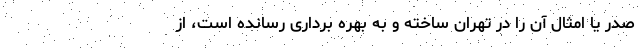
صدر یا امثال آن را در تهران ساخته و به بهره برداری رسانده است، از